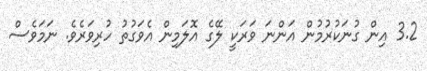
3.2 އިން ގުނަކުރުމުން އަންނަ ވަރަކީ ލޭގެ އޮލަމިން އެވަގުތު ހުރިވަރެވެ. ނަމަވެސް